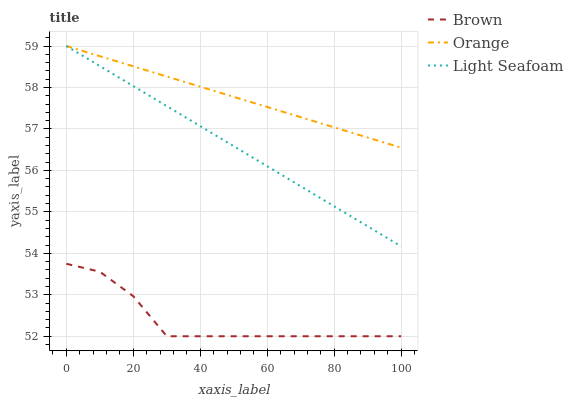
| xaxis_label | Brown | Orange | Light Seafoam |
 | --- | --- | --- | --- |
 | 0 | 53.7 | 59 | 59 |
 | 10 | 53.6 | 58.8 | 58.5 |
 | 20 | 53 | 58.5 | 58 |
 | 30 | 52 | 58.3 | 57.6 |
 | 40 | 52 | 58 | 57.1 |
 | 50 | 52 | 57.8 | 56.6 |
 | 60 | 52 | 57.5 | 56.1 |
 | 70 | 52 | 57.3 | 55.6 |
 | 80 | 52 | 57 | 55.1 |
 | 90 | 52 | 56.8 | 54.7 |
 | 100 | 52 | 56.5 | 54.2 |